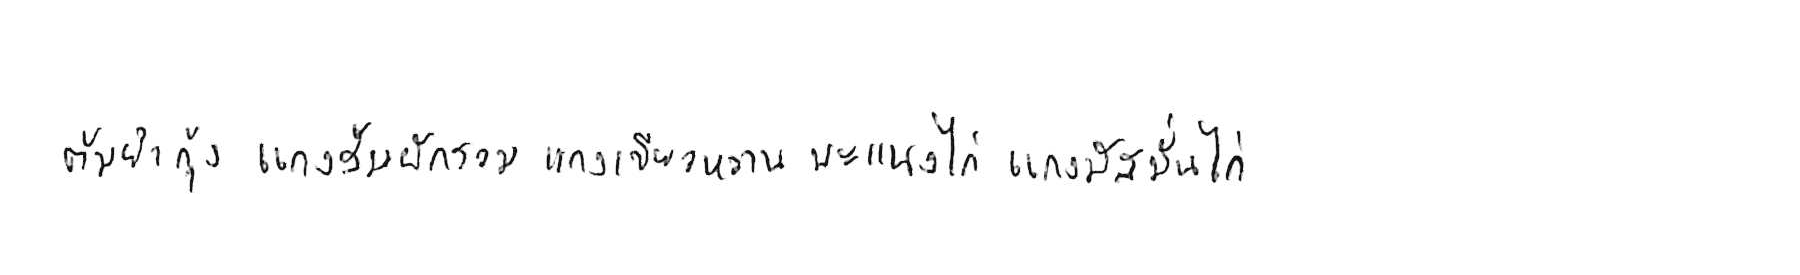
ต้มยำกุ้ง แกงส้มผักรวม แกงเขียวหวาน พะแนงไก่ แกงมัสมั่นไก่